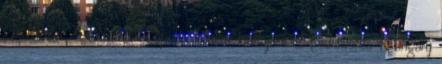
Siófokot A Nemzeti Sport Online kiadója a Mediaworks Hungary